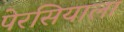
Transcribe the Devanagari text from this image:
पेरसियाला